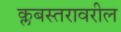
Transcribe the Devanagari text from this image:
क्लबस्तरावरील